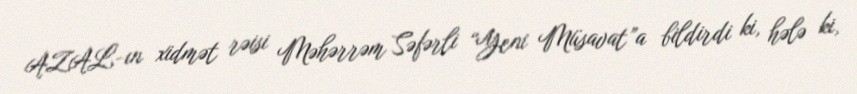
AZAL-ın xidmət rəisi Məhərrəm Səfərli “Yeni Müsavat”a bildirdi ki, hələ ki,